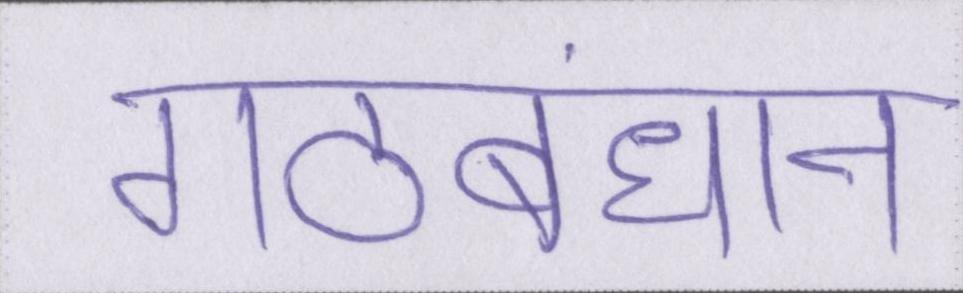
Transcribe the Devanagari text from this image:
गठबंधान